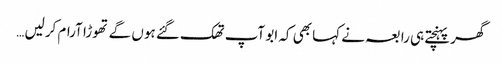
گھر پہنچتے ہی رابعہ نے کہا بھی کہ ابو آپ تھک گئے ہوں گے تھوڑا آرام کرلیں …